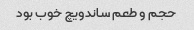
حجم و طعم ساندویچ خوب بود